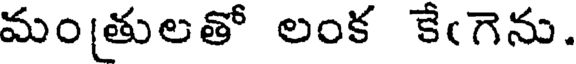
మం[తులతో లంక కేఁగెను.